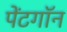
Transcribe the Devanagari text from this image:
पेंटगॉन